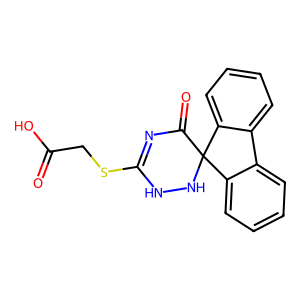
SMILES: O=C(O)CSC1=NC(=O)C2(NN1)c1ccccc1-c1ccccc12
Inhibits HIV replication: No